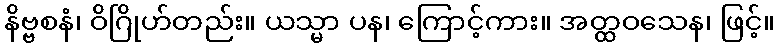
နိဗ္ဗစနံ၊ ဝိဂြိုဟ်တည်း။ ယသ္မာ ပန၊ ကြောင့်ကား။ အတ္ထဝသေန၊ ဖြင့်။